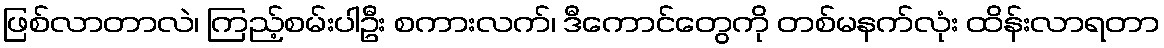
ဖြစ်လာတာလဲ၊ ကြည့်စမ်းပါဦး စကားလက်၊ ဒီကောင်တွေကို တစ်မနက်လုံး ထိန်းလာရတာ